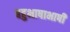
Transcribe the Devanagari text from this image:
बहुभाषाभाषी